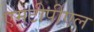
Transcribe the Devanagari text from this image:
एमटीपीएल